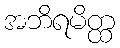
အဘိရမိတ္ထ